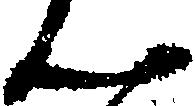
ん